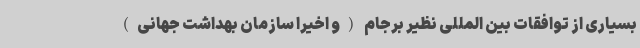
بسیاری از توافقات بین المللی نظیر برجام (و اخیرا سازمان بهداشت جهانی)